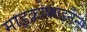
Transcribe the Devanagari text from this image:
माइक्रोफ़ाइनैन्स